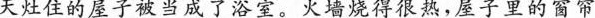
天灶住的屋子被当成子浴室。火墙烧得很热,屋子里的窗帘